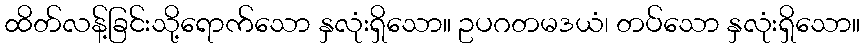
ထိတ်လန့်ခြင်းသို့ရောက်သော နှလုံးရှိသော။ ဥပဂတမဒယံ၊ တပ်သော နှလုံးရှိသော။